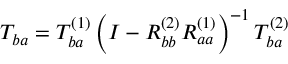
T _ { b a } = T _ { b a } ^ { ( 1 ) } \left( I - R _ { b b } ^ { ( 2 ) } R _ { a a } ^ { ( 1 ) } \right) ^ { - 1 } T _ { b a } ^ { ( 2 ) }